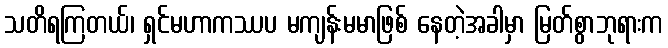
သတိရကြတယ်၊ ရှင်မဟာကဿပ မကျန်းမမာဖြစ် နေတဲ့အခါမှာ မြတ်စွာဘုရားက